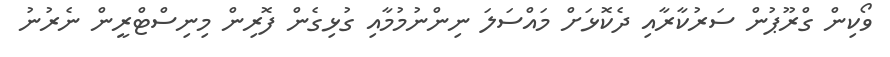
ވޯކިން ގްރޫޕުން ސަރުކާރާއި ދެކޮޅަށް މައްސަލަ ނިންނުމުމާއި ގުޅިގެން ފޮރިން މިނިސްޓްރީން ނެރުނު